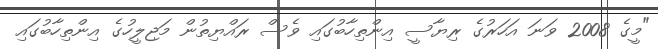
"މީގެ 2008 ވަނަ އަހަރުގެ ރިޔާސީ އިންތިހާބުގައި ވެސް ރައްޔިތުން މަޖިލީހުގެ އިންތިހާބުގައި